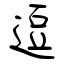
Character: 逗